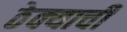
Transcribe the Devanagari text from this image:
ठेक्याची